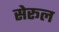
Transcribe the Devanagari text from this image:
सेरूल